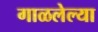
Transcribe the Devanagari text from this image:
गाळलेल्या